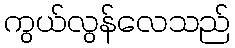
ကွယ်လွန်လေသည်